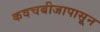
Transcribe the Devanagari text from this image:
कवचबीजापासून